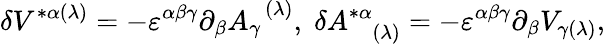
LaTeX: \delta V^{*\alpha(\lambda)}=-\varepsilon^{\alpha\beta\gamma}\partial_{\beta}A_{\gamma}^{\; \; (\lambda)},\; \delta A_{\; \; \; (\lambda)}^{*\alpha}=-\varepsilon^{\alpha\beta\gamma}\partial_{\beta}V_{\gamma(\lambda)},